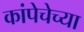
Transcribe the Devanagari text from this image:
कांपेचेच्या